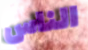
الناس